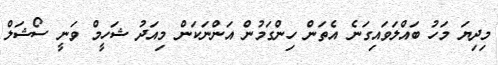
މިދިޔަ މަހު ބައްލަވައިގަނެ އެތަން ހިންގަމުން އަންނަކަން މިއަދު ޝަހީމް ވަނީ ސޯޝަލް